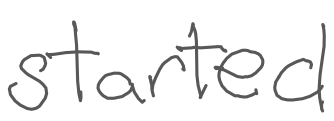
Text: started
Cross-out: clean
Writing tool: digital_gray